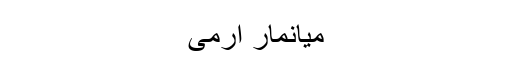
میانمار آرمی